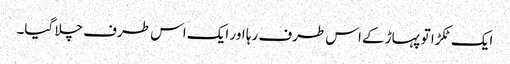
ایک ٹکڑا تو پہاڑ کے اس طرف رہا اور ایک اس طرف چلا گیا۔